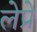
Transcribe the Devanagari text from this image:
लेप्रे